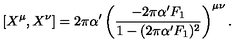
\left[ X ^ { \mu } , X ^ { \nu } \right] = 2 \pi \alpha ^ { \prime } \left( \frac { - 2 \pi \alpha ^ { \prime } F _ { 1 } } { 1 - ( 2 \pi \alpha ^ { \prime } F _ { 1 } ) ^ { 2 } } \right) ^ { \mu \nu } .